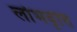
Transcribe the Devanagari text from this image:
लोभवृत्ति